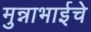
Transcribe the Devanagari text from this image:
मुन्नाभाईचे